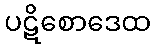
ပဋိစောဒေထ